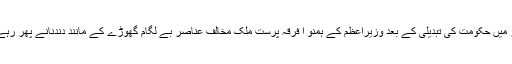
مرکز میں حکومت کی تبدیلی کے بعد وزیراعظم کے ہمنو ا فرقہ پرست ملک مخالف عناصر بے لگام گھوڑے کے مانند دندنانے پھر رہے ہیں۔